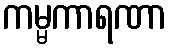
ကမ္မကာရဏာ